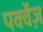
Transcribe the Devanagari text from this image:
पर्क्वेज़